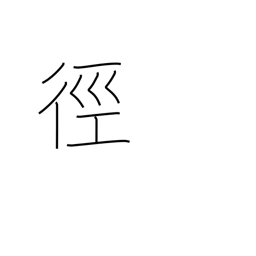
Meaning: method